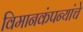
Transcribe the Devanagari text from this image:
विमानकंपन्यांचे